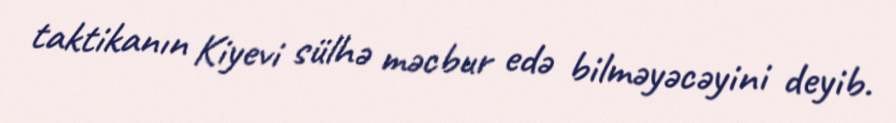
taktikanın Kiyevi sülhə məcbur edə bilməyəcəyini deyib.